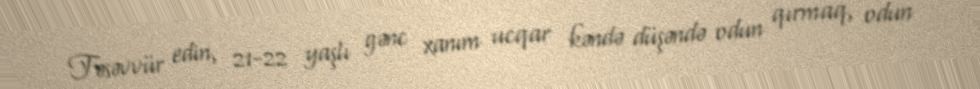
Təsəvvür edin, 21-22 yaşlı gənc xanım ucqar kəndə düşəndə odun qırmaq, odun